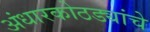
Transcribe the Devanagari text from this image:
अंधारकोठड्यांचे